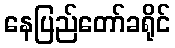
နေပြည်တော်ခရိုင်